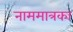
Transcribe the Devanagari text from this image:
नाममात्रका